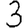
Digit: 3